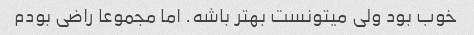
خوب بود ولی میتونست بهتر باشه. اما مجموعا راضی بودم